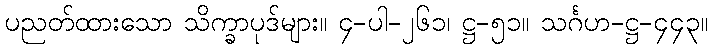
ပညတ်ထားသော သိက္ခာပုဒ်များ။ ၄-ပါ-၂၆၁၊ ဋ္ဌ-၅၁။ သင်္ဂဟ-ဋ္ဌ-၄၄၃။